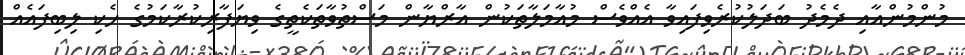
މުންމުންއާއި ދެމެދު ބަދަލުކުރެވިފައިވާ އެއްވެސް މުއާމަލާތަކުން އާރްޔާން މަސްތުވާތަކެތީގެ ވިޔަފާރިކުރާކަމުގެ ހެކި ލިބިފައެއް